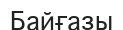
Байғазы